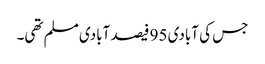
جس کی آبادی 95 فیصد آبادی مسلم تھی۔